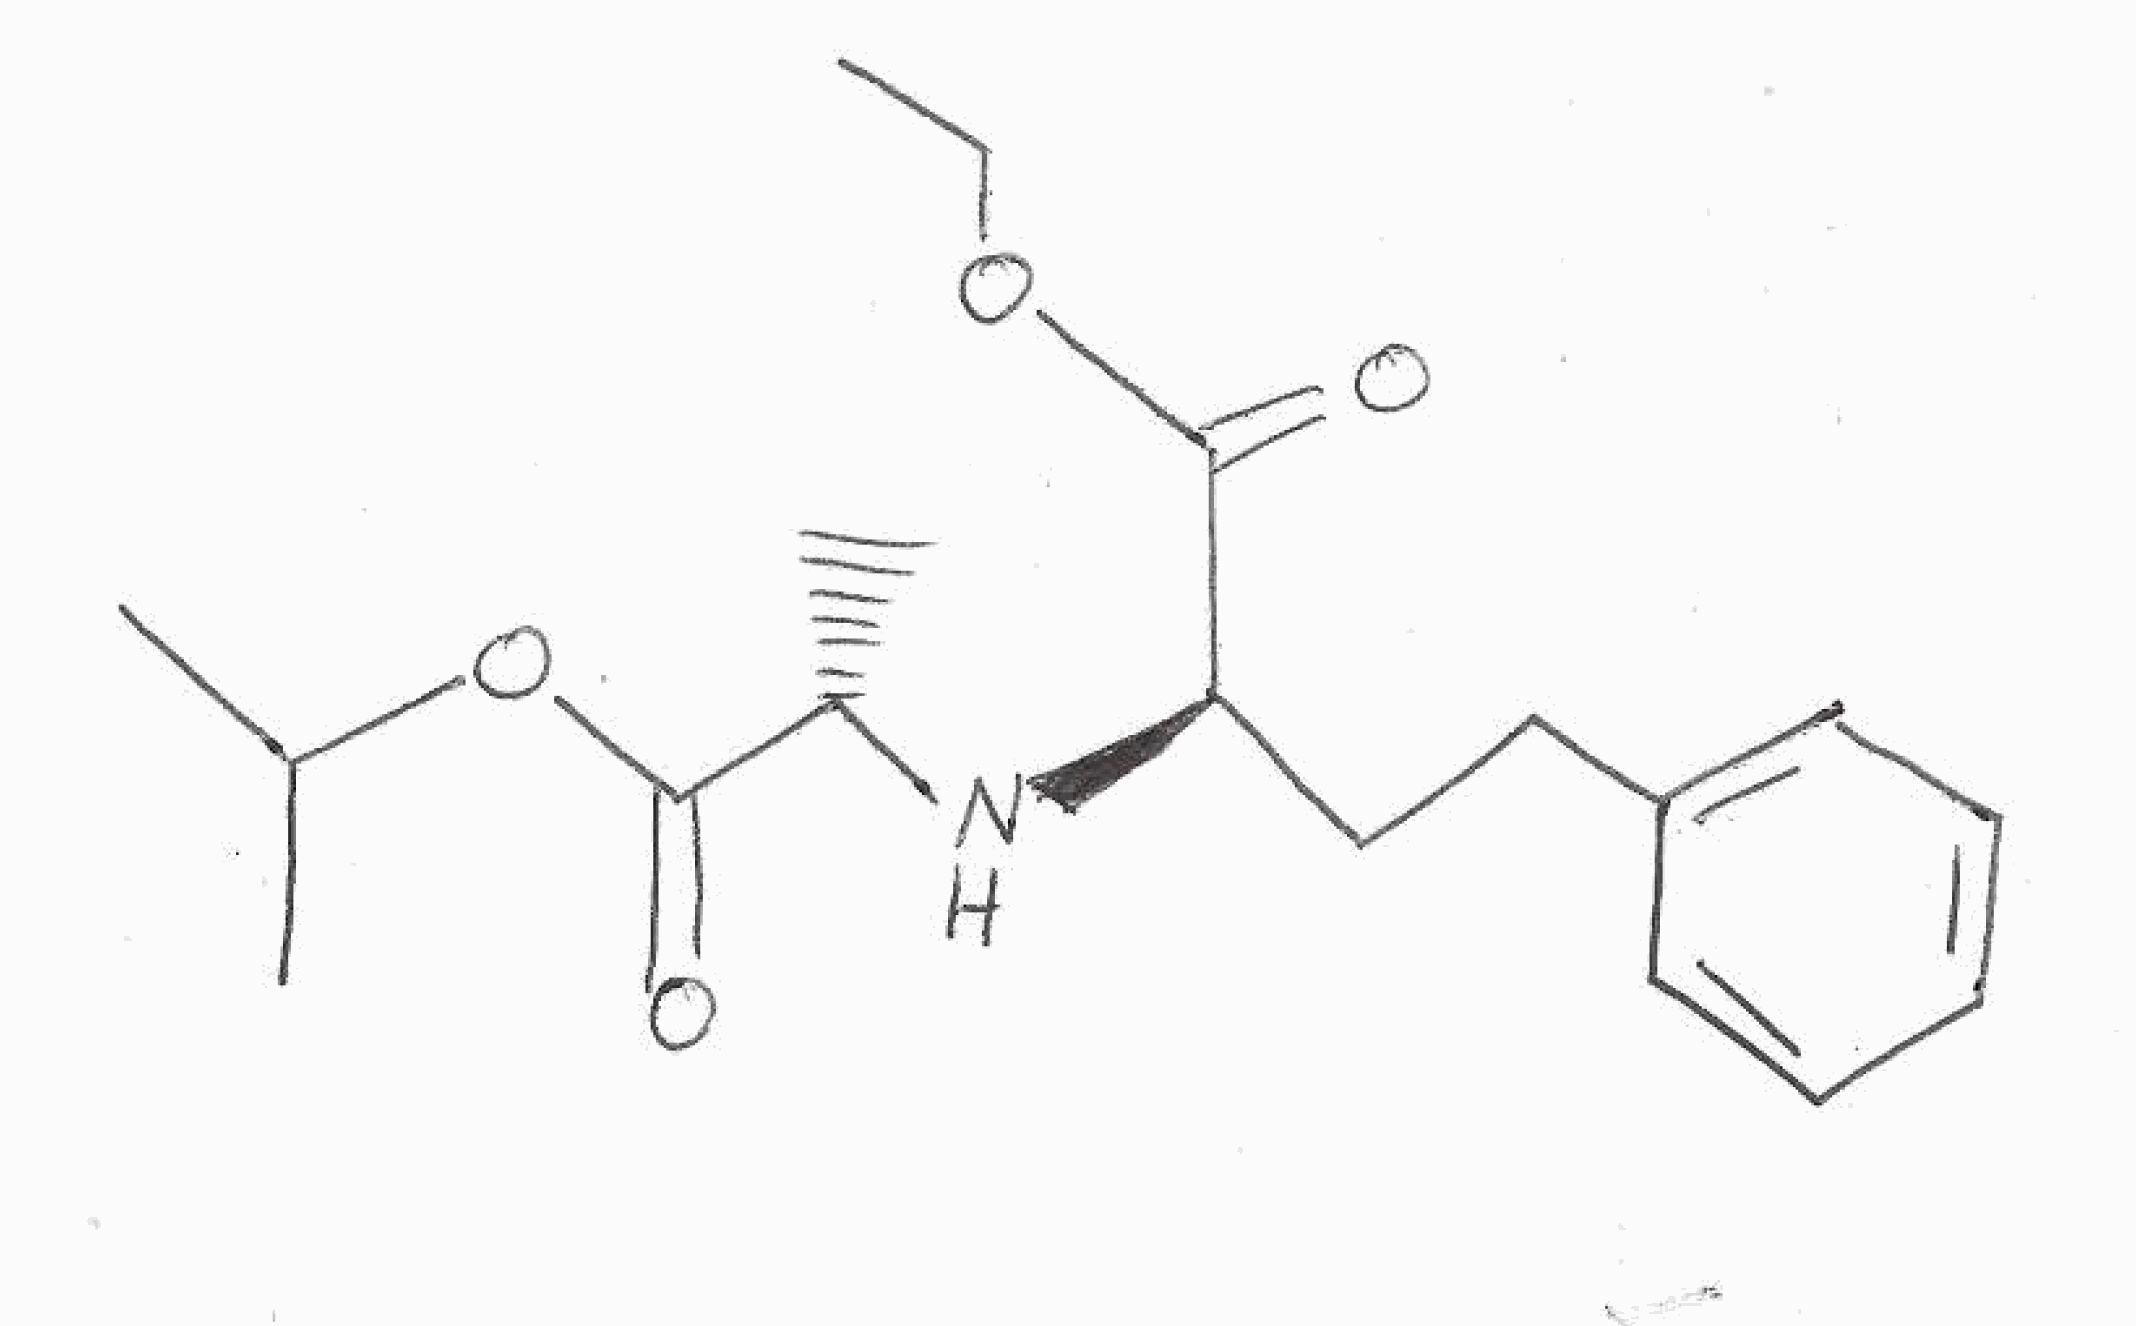
Simplified molecular-input line-entry system (SMILES) notation of the given molecule:
CCOC(=O)[C@@H](CCC1=CC=CC=C1)N[C@@H](C)C(=O)OC(C)C